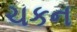
ચકન